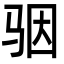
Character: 骃